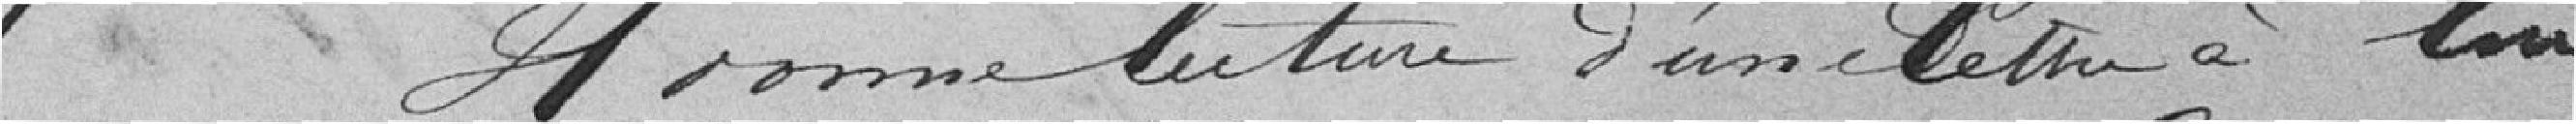
d'une lettre à lui